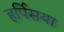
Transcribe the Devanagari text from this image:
हर्पिसया